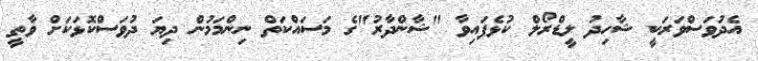
އެދުވަސްވަރަކީ ޝާހިދު ލީޑްރޯލް ކުޅެފައިވާ "ޝާންދާރު"ގެ މަސައްކަތް ނިންމަމުން ދިޔަ ދުވަސްކޮޅަކަށް ވާތީ